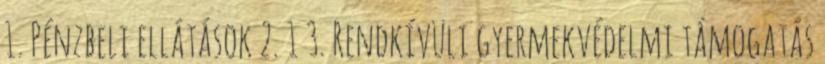
1. Pénzbeli ellátások 2. 1 3. Rendkívüli gyermekvédelmi támogatás